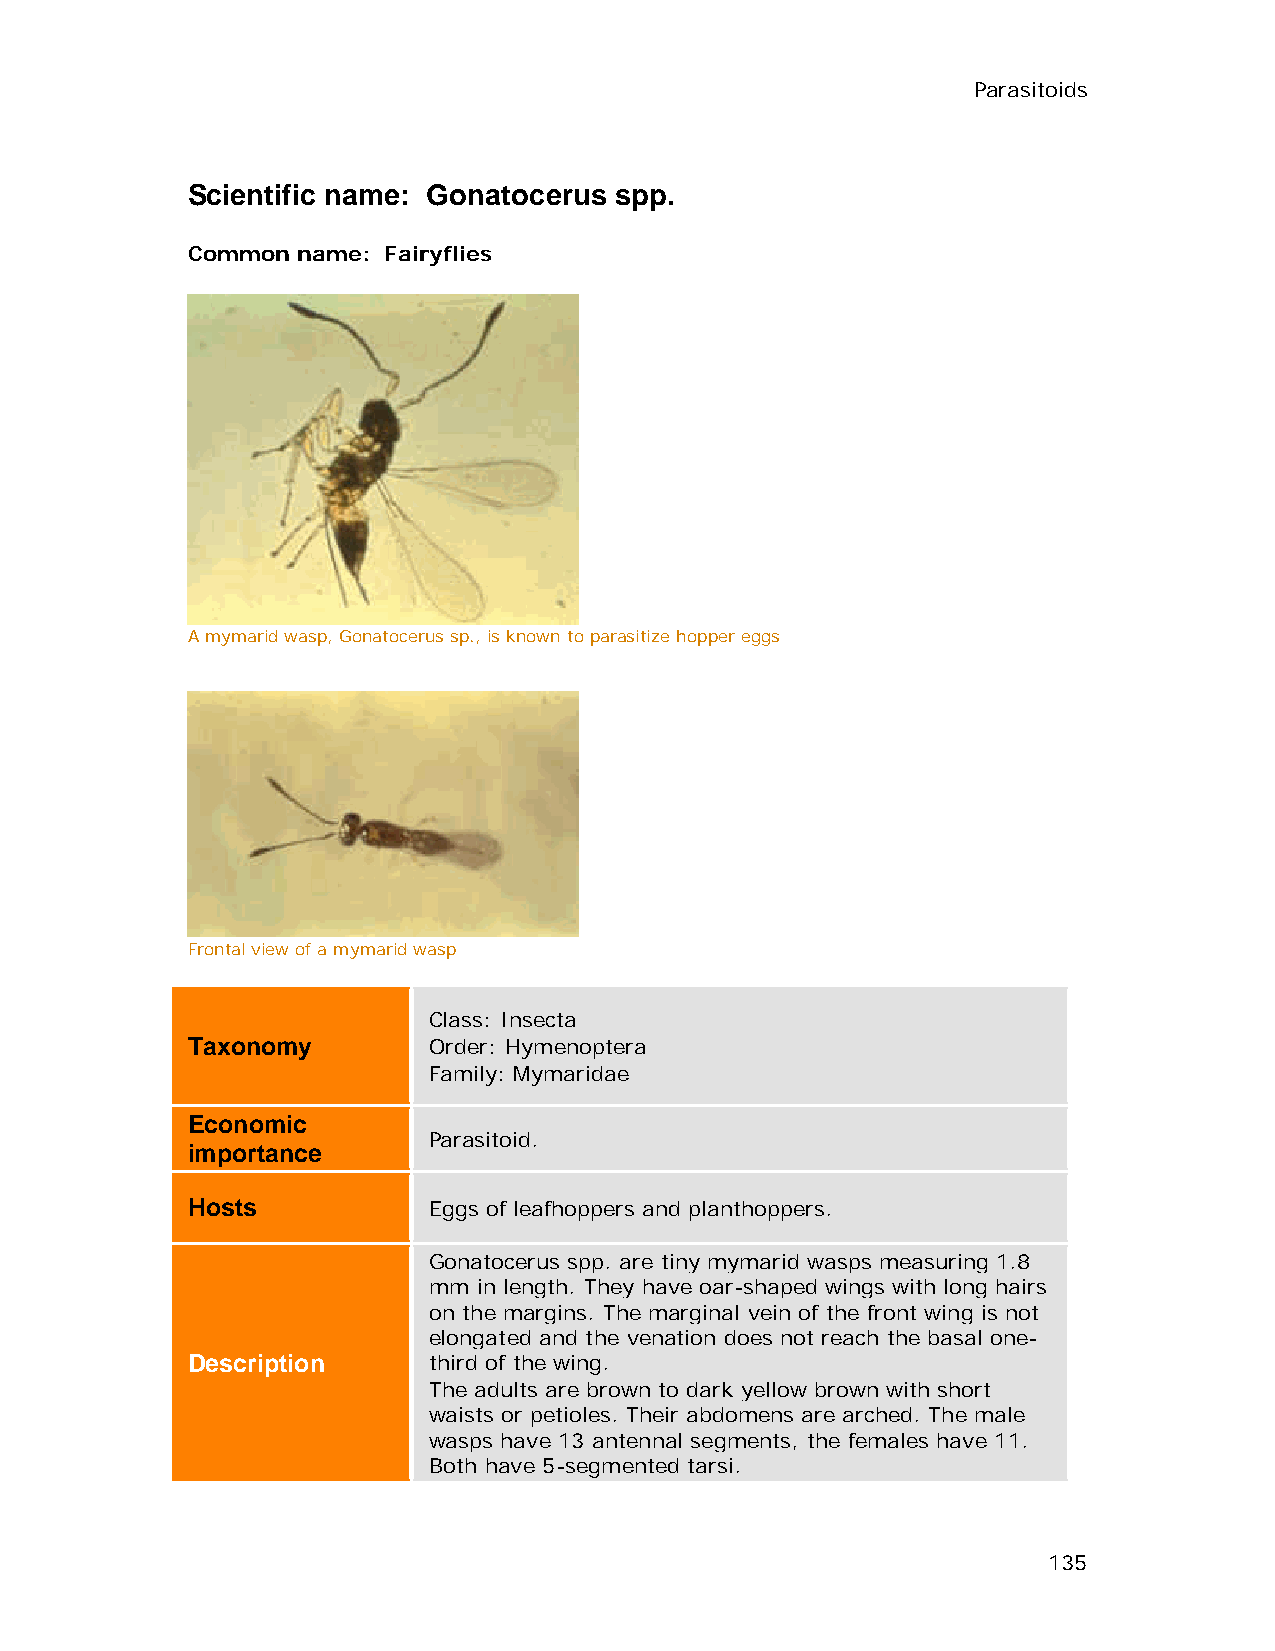
Parasitoids
 Scientific name: Gonatocerus spp.
 Common  name: Fairyflies
 A mymarid wasp, Gonatocerus sp., is known to parasitize hopper eggs
 Frontal view of a mymarid wasp
 Class: Insecta
 Taxonomy        Order: Hymenoptera
 Family: Mymaridae
 Economic
 Parasitoid.
 importance
 Hosts           Eggs of leafhoppers and planthoppers.
 Gonatocerus spp. are tiny mymarid wasps measuring 1.8
 mm  in length. They have oar-shaped wings with long hairs
 on the margins. The marginal vein of the front wing is not
 elongated and the venation does not reach the basal one-
 Description     third of the wing.
 The adults are brown to dark yellow brown with short
 waists or petioles. Their abdomens are arched. The male
 wasps have 13 antennal segments, the females have 11.
 Both have 5-segmented tarsi.
 135